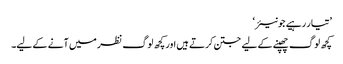
’تیار رہیے جونیئر‘
کچھ لوگ چھپنے کے لیے جتن کرتے ہیں اور کچھ لوگ نظر میں آنے کے لیے۔